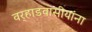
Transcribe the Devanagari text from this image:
वर्‍हाडवासीयांना